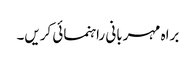
براہ مہربانی راہنمائی کریں۔